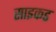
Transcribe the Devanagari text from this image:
साइकड